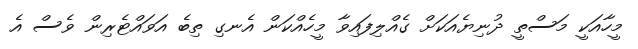
މީހާއަކީ މަސްތީ ދުނިޔެއަކަށް ގެއްލިފައިވާ މީހެއްކަން އެނގި ތިބެ އަވައްޓެރިން ވެސް އެ